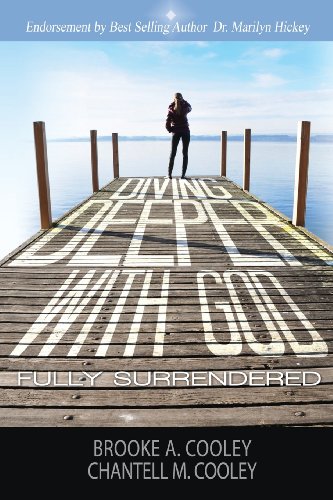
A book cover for Diving Deeper with God; Chantell Cooley; Christian Books & Bibles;